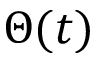
\Theta ( t )